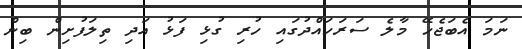
ނަމަ އެބަޖެހޭ މާލެ ސަރަހައްދުގައި ހުރި ގުޅި ފަޅު އަދި ތިލަފުށިން ބިން